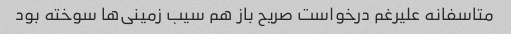
متاسفانه علیرغم درخواست صریح باز هم سیب زمینی‌ها سوخته بود